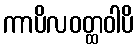
ကာပိလဝတ္ထဝါပိ